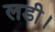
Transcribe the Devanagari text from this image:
लडी।